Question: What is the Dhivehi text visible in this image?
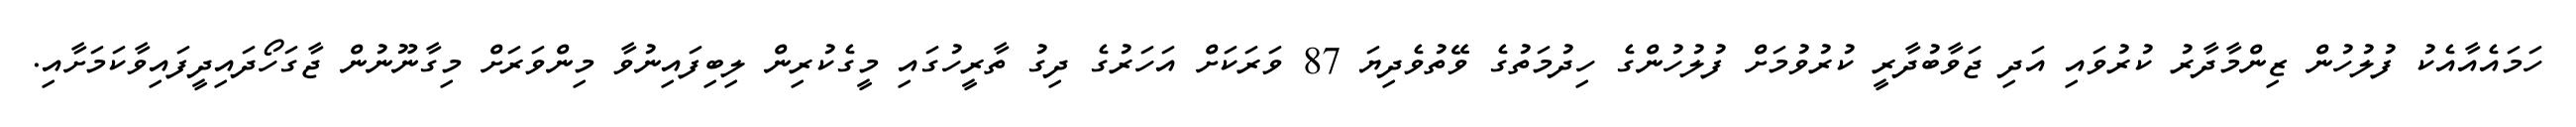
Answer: ހަމައެއާއެކު ފުލުހުން ޒިންމާދާރު ކުރުވައި އަދި ޖަވާބުދާރީ ކުރުވުމަށް ފުލުހުންގެ ހިދުމަތުގެ ވޭތުވެދިޔަ 87 ވަރަކަށް އަހަރުގެ ދިގު ތާރީހުގައި މީގެކުރިން ލިބިފައިނުވާ މިންވަރަށް މިގާނޫނުން ޖާގަހޯދައިދީފައިވާކަމަށާއި.